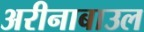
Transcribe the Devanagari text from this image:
अरीनाबाउल